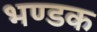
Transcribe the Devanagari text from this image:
भण्डक